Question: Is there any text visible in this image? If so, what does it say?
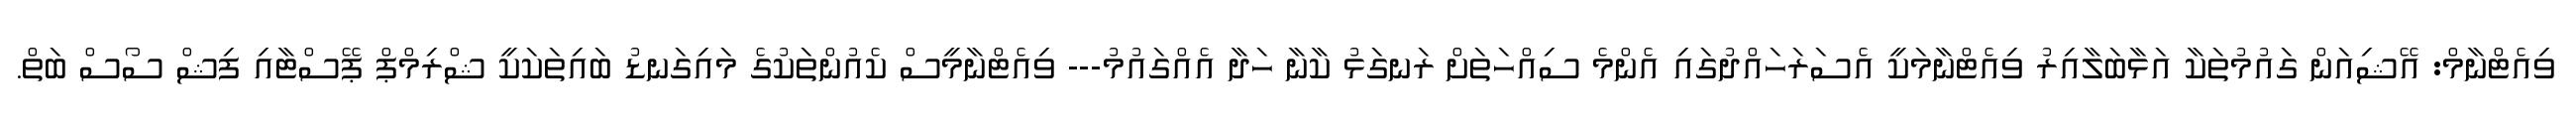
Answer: ވިއެޓްނާމް: އޭޝިއަން ގައުމުތަކާ އަޅާބަލާއިރު ވިއެޓްނާމަކީ އެސަރަހައްދުގައި އެންމެ ސިއްހަތަށް ރަނގަޅު ކާނާ ހަދާ އެއްގައުމު--- ވިއެޓްނާމީސް ކެއުންތަކުގެ މައިގަނޑު ބައިތަކަކީ ޝްރިމްޕް ޕޭސްޓާއި ފިޝް ސޯސް ބަތް.